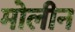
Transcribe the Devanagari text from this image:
मोलीन